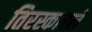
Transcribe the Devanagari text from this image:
तिरस्कारले